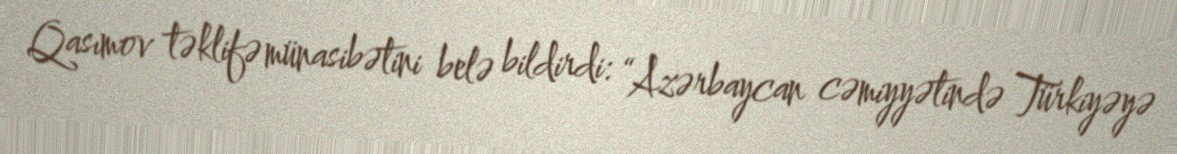
Qasımov təklifə münasibətini belə bildirdi: “Azərbaycan cəmiyyətində Türkiyəyə